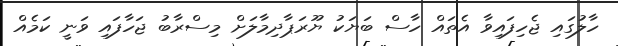
ހާލުގައި ޖެހިފައިވާ އެތައް ހާސް ބަޔަކު ޔޫރަޕާދިމާލަށް މިސްރާބު ޖަހާފައި ވަނީ ކަމެއް